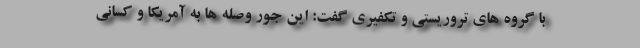
با گروه های تروریستی و تکفیری گفت: این جور وصله ها به آمریکا و کسانی